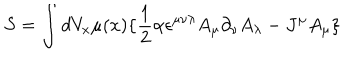
S = \int d V _ { x } \mu ( x ) \lbrace \frac { 1 } { 2 } \alpha \epsilon ^ { \mu \nu \lambda } A _ { \mu } \partial _ { \nu } A _ { \lambda } - J ^ { \mu } A _ { \mu } \rbrace